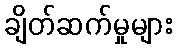
ချိတ်ဆက်မှုများ